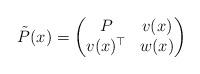
LaTeX: \begin{align*} \tilde{P}(x) = \begin{pmatrix} P & v(x) \\ v(x)^\top & w(x) \\ \end{pmatrix}\end{align*}